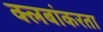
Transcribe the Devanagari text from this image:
क्लबांकरता